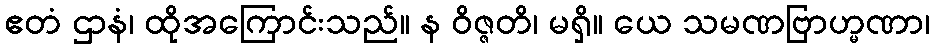
ဧတံ ဌာနံ၊ ထိုအကြောင်းသည်။ န ဝိဇ္ဇတိ၊ မရှိ။ ယေ သမဏဗြာဟ္မဏာ၊